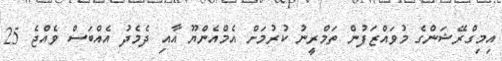
އިމިގްރޭޝަންގެ މުވައްޒަފުން ތަމްރީނު ކުރުމަށް އެމްއެންޔޫ އާއި ދެމެދު އެއްބަސް ވެއްޖެ 25